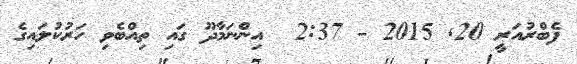
ފެބްރުއަރީ 20